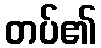
တပ်၏